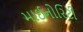
માઈનોરિટી